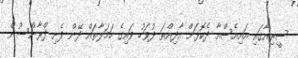
ސީރިއާގައި އައިއެސްއާ ދެކޮޅަށް އާދިއްތަ ދުވަހު ވައިގެ ހަަމަލާތައް ދޭން ފެށި ފްރާންސުން